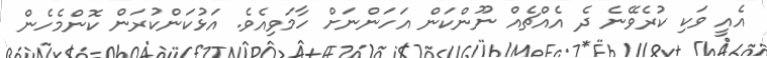
އެއީ ވަކި ކުރެވޭނެ ދެ އެއްޗެއް ނޫންކަން އަހަންނަށް ހާމަވިއެވެ. އަޅުކަންކުރަން ކޮންމެހެން